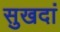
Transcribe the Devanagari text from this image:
सुखदां